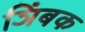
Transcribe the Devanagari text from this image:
ञिंबक